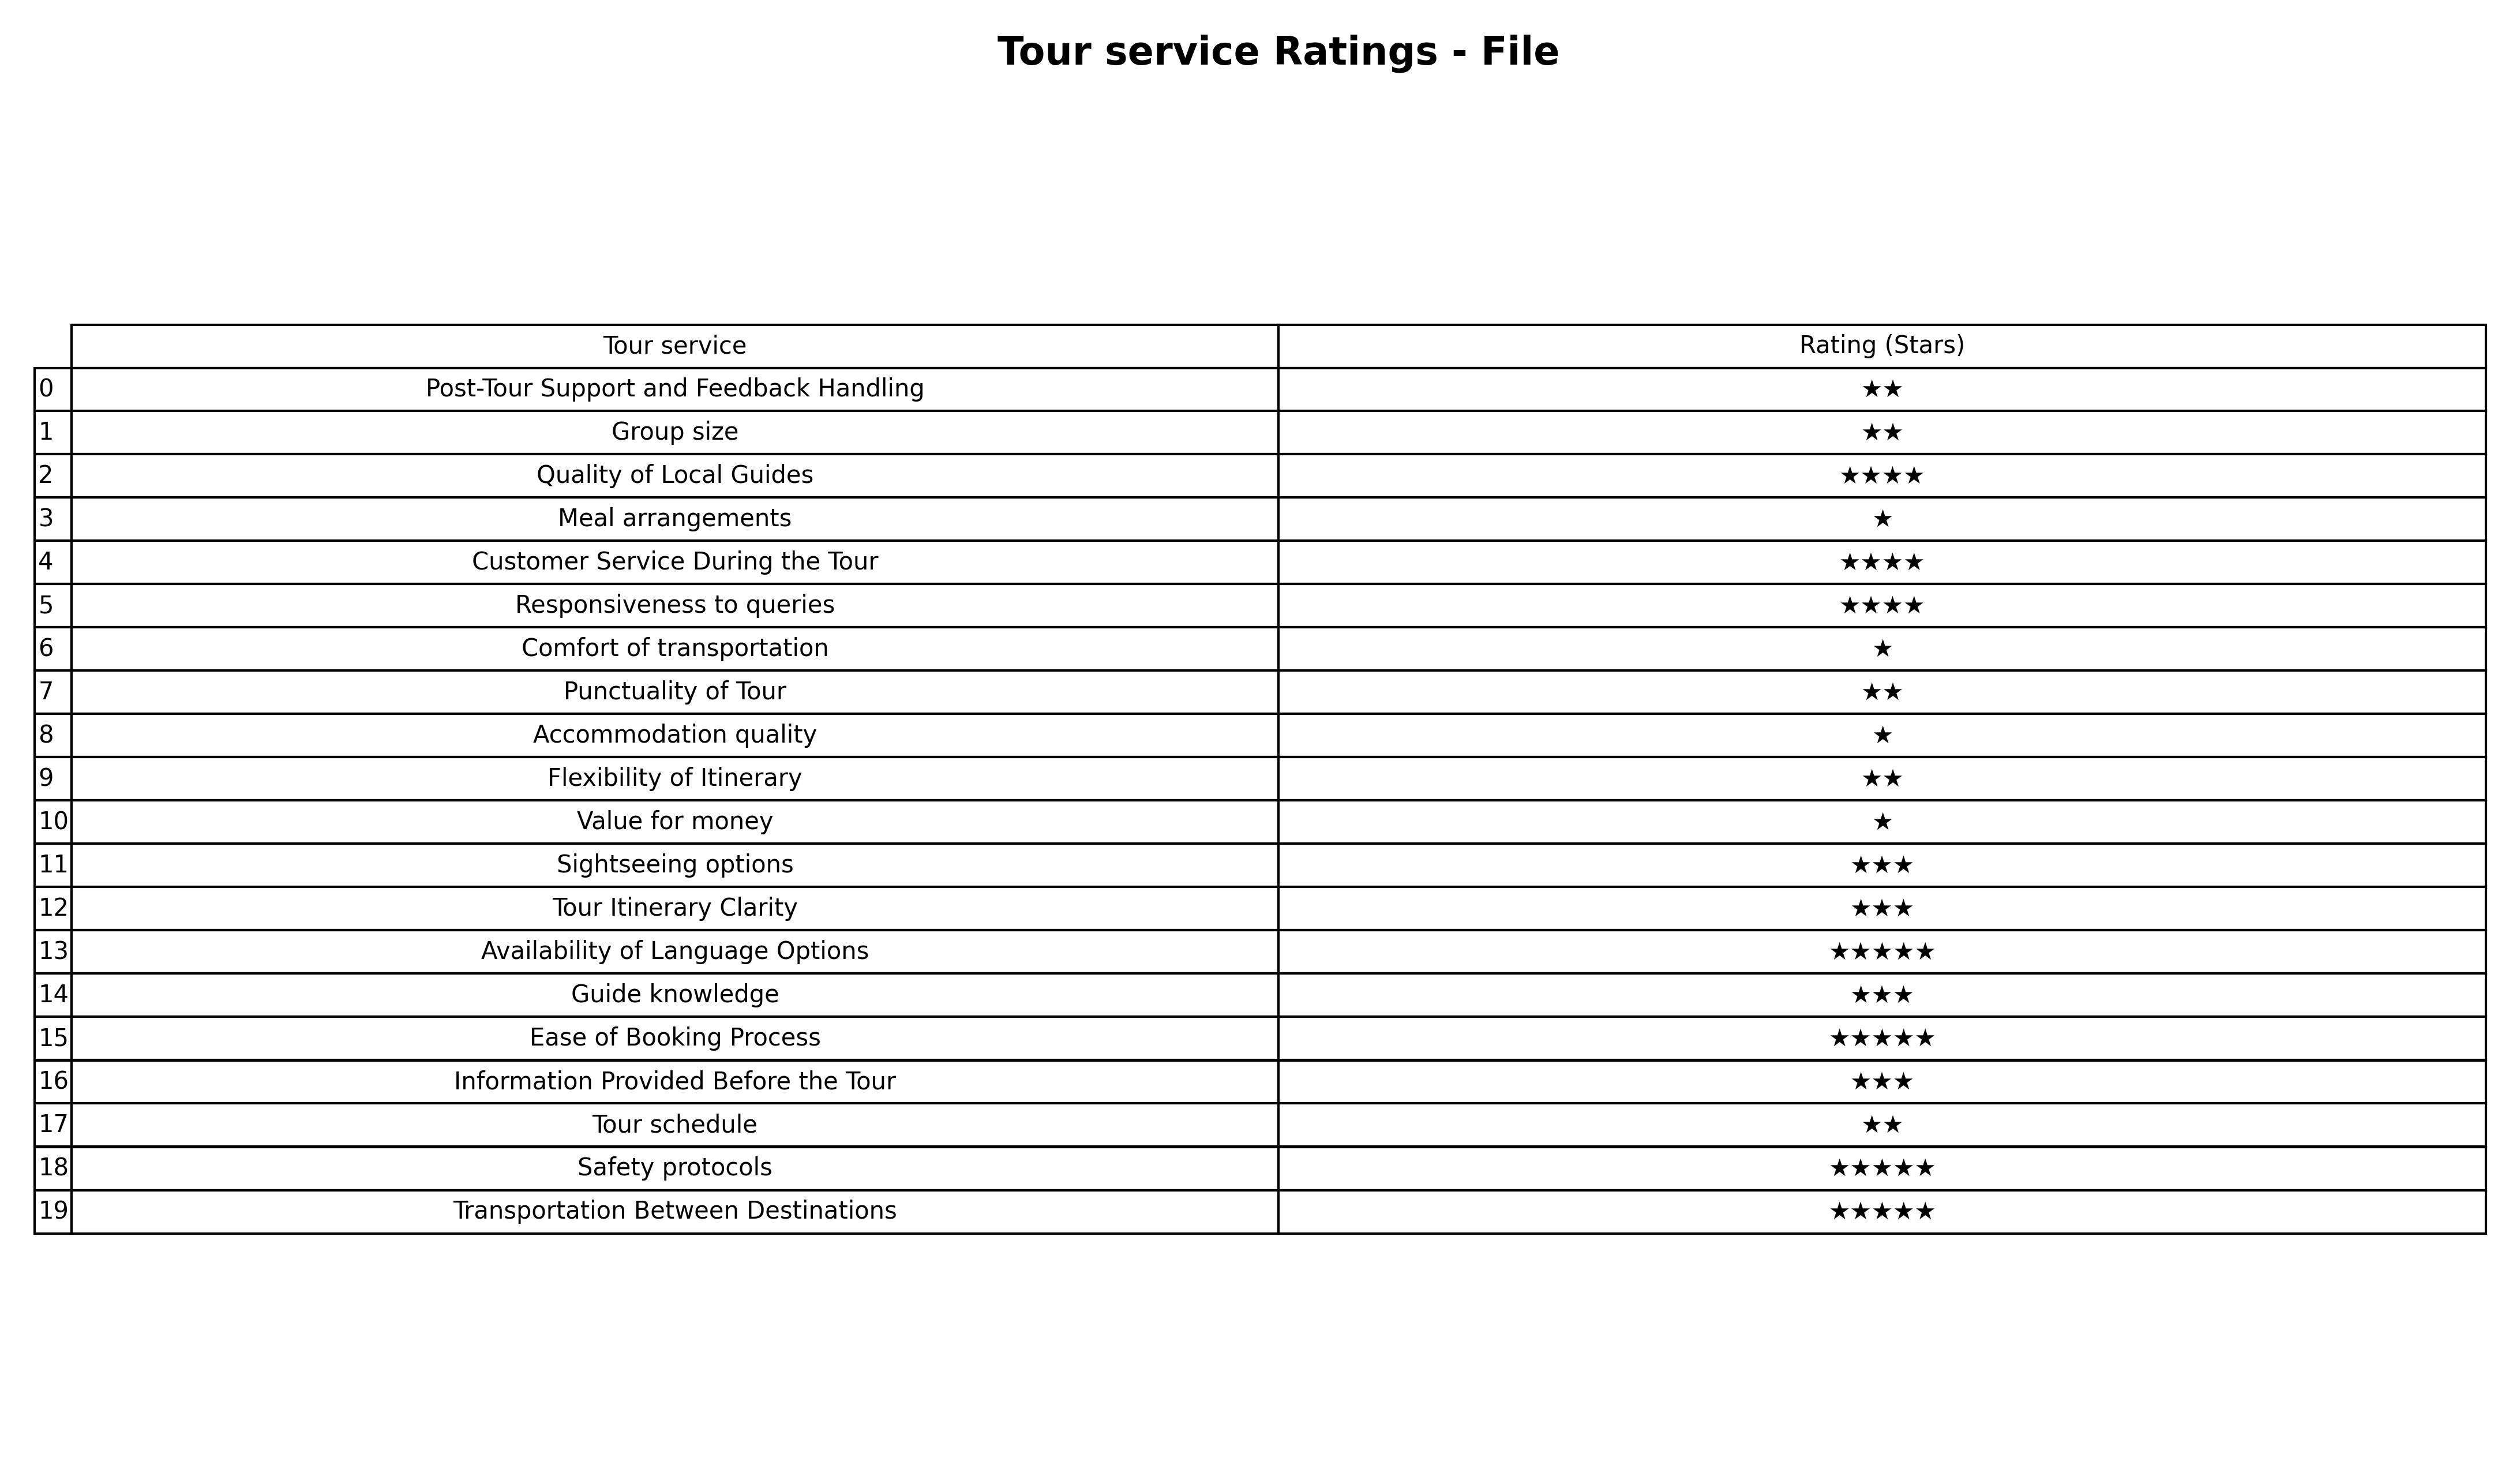
question: What are lowest rating services?
answer: Quality of Local GuidesCustomer Service During the TourResponsiveness to queries